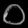
Digit: ၀